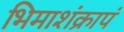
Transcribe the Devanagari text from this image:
भिमाशंक्रापं